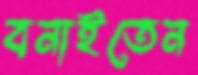
বনাইতেন